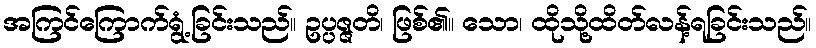
အကြင်ကြောက်ရွံ့ခြင်းသည်။ ဥပ္ပဇ္ဇတိ၊ ဖြစ်၏။ သော၊ ထိုသို့ထိတ်လန့်ရခြင်းသည်။